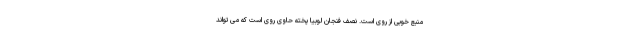
منبع خوبی از روی است. نصف فنجان لوبیا پخته حاوی روی است که می تواند